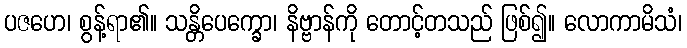
ပဇဟေ၊ စွန့်ရာ၏။ သန္တိပေက္ခော၊ နိဗ္ဗာန်ကို တောင့်တသည် ဖြစ်၍။ လောကာမိသံ၊